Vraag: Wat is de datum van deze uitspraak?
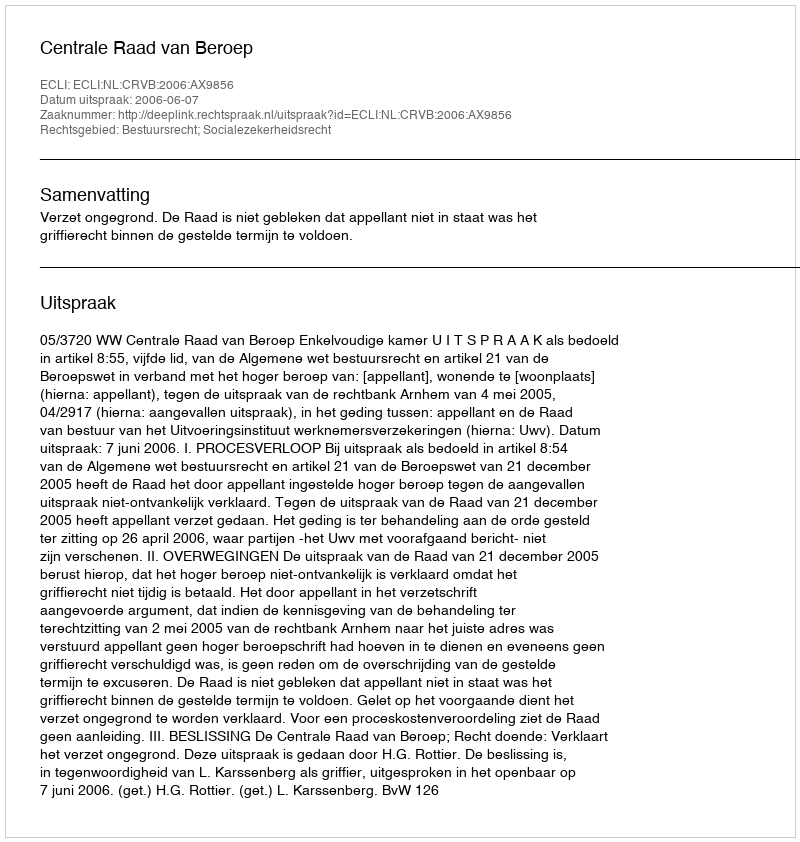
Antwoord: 2006-06-07